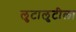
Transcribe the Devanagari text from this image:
लुटालुटीला